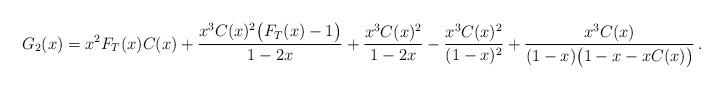
LaTeX: \begin{align*}G_2(x)=x^2F_T(x)C(x)+\frac{x^3C(x)^2\big(F_T(x)-1\big)}{1-2x}+\frac{x^3C(x)^2}{1-2x}-\frac{x^3C(x)^2}{(1-x)^2}+\frac{x^3C(x)}{(1-x)\big(1-x-xC(x)\big)}\,.\end{align*}